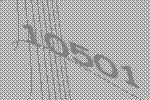
10501